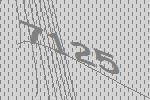
7125